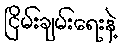
ငြိမ်းချမ်းရေးနဲ့